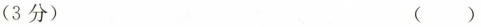
(3分) ()